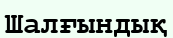
Шалғындық